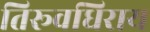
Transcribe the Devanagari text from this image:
तिरूवधिराय